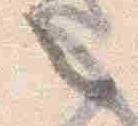
々